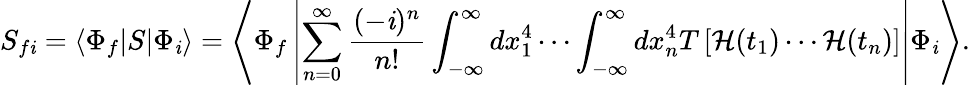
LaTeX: S_{f\mathit{i}}=\left\langle\Phi_{f}|S|\Phi_{\mathit{i}}\right\rangle=\left\langle\Phi_{f}\left|\sum_{n=0}^{\infty}{\frac{{(-\mathit{i})^{n}}}{{n!}}}\int_{-\infty}^{\infty}dx_{1}^{4}\cdots\int_{-\infty}^{\infty}dx_{n}^{4}T\left[{\mathcal{{H}}}(t_{1})\cdots{\mathcal{{H}}}(t_{n})\right]\right|\Phi_{\mathit{i}}\right\rangle.